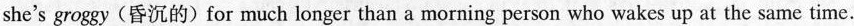
she's groggy (昏沉的) for much longer than a morning person who wakes up at the same time.